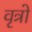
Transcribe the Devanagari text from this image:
वृत्रो